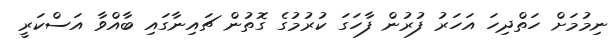
ނިމުމަށް ހަތްދިހަ އަހަރު ފުރުން ފާހަގަ ކުރުމުގެ ގޮތުން ޗައިނާގައި ބާއްވާ އަސްކަރީ